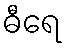
ဓီရေ